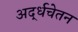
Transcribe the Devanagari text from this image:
अर्द्धचेतन